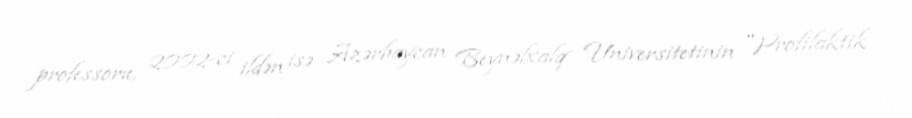
professoru, 2002-ci ildən isə Azərbaycan Beynəlxalq Universitetinin "Profilaktik